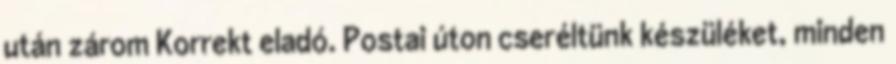
után zárom Korrekt eladó. Postai úton cseréltünk készüléket, minden